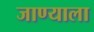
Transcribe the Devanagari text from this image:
जाण्याला